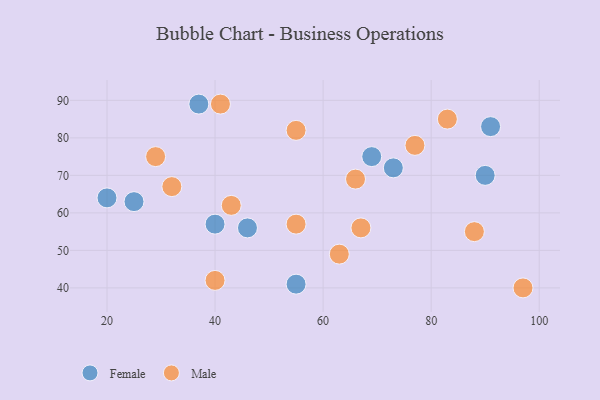
{"axis": {"x": "GDP", "y": "Life Expectancy"}, "legend": ["Female", "Male"], "data": [{"x": "55", "y": 41, "type": "Female"}, {"x": "73", "y": 72, "type": "Female"}, {"x": "69", "y": 75, "type": "Female"}, {"x": "40", "y": 57, "type": "Female"}, {"x": "37", "y": 89, "type": "Female"}, {"x": "91", "y": 83, "type": "Female"}, {"x": "46", "y": 56, "type": "Female"}, {"x": "25", "y": 63, "type": "Female"}, {"x": "90", "y": 70, "type": "Female"}, {"x": "20", "y": 64, "type": "Female"}, {"x": "41", "y": 89, "type": "Male"}, {"x": "83", "y": 85, "type": "Male"}, {"x": "40", "y": 42, "type": "Male"}, {"x": "29", "y": 75, "type": "Male"}, {"x": "97", "y": 40, "type": "Male"}, {"x": "67", "y": 56, "type": "Male"}, {"x": "66", "y": 69, "type": "Male"}, {"x": "88", "y": 55, "type": "Male"}, {"x": "32", "y": 67, "type": "Male"}, {"x": "55", "y": 82, "type": "Male"}, {"x": "55", "y": 57, "type": "Male"}, {"x": "63", "y": 49, "type": "Male"}, {"x": "43", "y": 62, "type": "Male"}, {"x": "77", "y": 78, "type": "Male"}]}